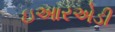
ઇઆરએડી